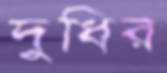
দুধির